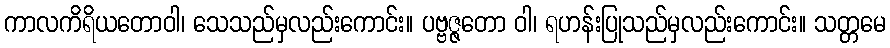
ကာလကိရိယတောဝါ၊ သေသည်မှလည်းကောင်း။ ပဗ္ဗဇ္ဇတော ဝါ၊ ရဟန်းပြုသည်မှလည်းကောင်း။ သတ္တမေ